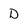
Character: D